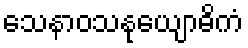
သေနာဝသနုယျောဓိကံ